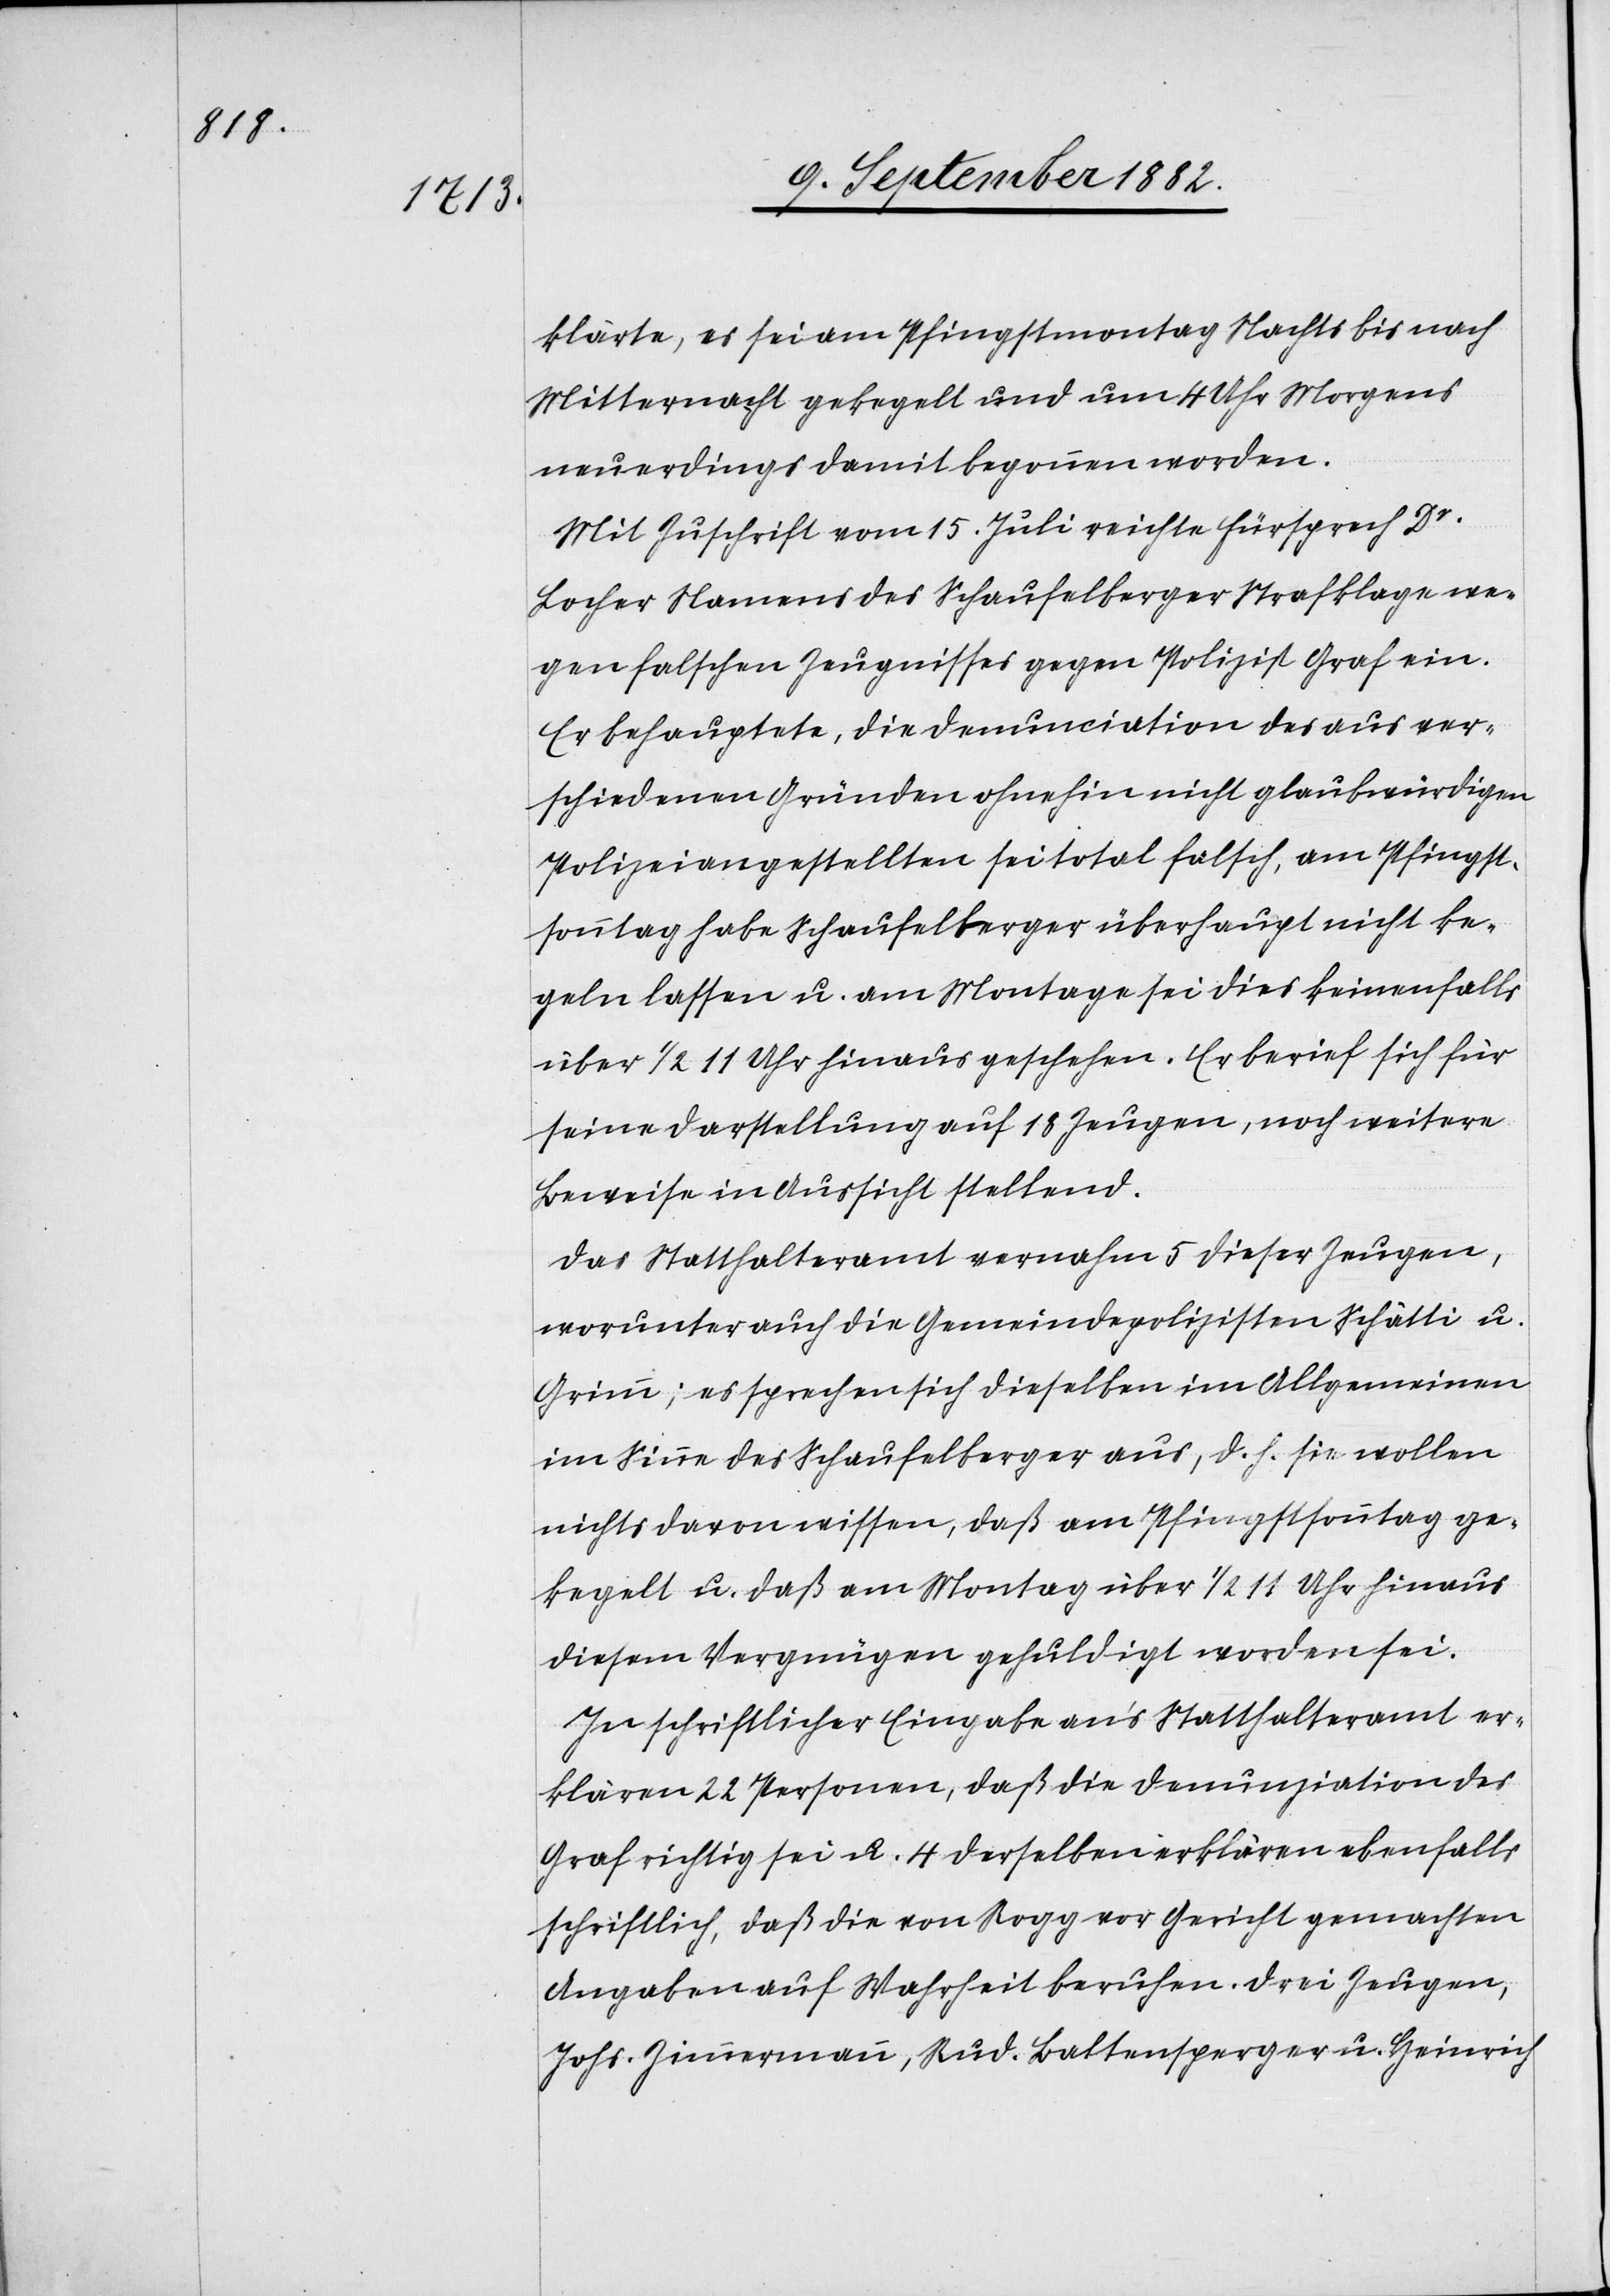
klärte, es sei am Pfingstmontag Nachts bis nach
Mitternacht gekegelt und um 4 Uhr Morgens
neuerdings damit begonnen worden.
Mit Zuschrift vom 15. Juli reichte Fürsprech Dr
Locher Namens des Schaufelberger Strafklage we¬
gen falschen Zeugnisses gegen Polizist Graf ein.
Er behauptete, die Denunciation des aus ver¬
schiedenen Gründen ohnehin nicht glaubwürdigen
Polizeiangestellten sei total falsch, am Pfingst¬
sonntag habe Schaufelberger überhaupt nicht ke¬
geln lassen u. am Montage sei dies keinenfalls
über 1/2 11 Uhr hinaus geschehen. Er berief sich für
seine Darstellung auf 18 Zeugen, noch weitere
Beweise in Aussicht stellend.
Das Statthalteramt vernahm 5 dieser Zeugen,
worunter auch die Gemeindepolizisten Schätti u.
Grimm; es sprechen sich dieselben im Allgemeinen
im Sinne des Schaufelberger aus, d. h. sie wollen
nichts davon wissen, daß am Pfingstsonntag ge¬
kegelt u. daß am Montag über 1/2 11 Uhr hinaus
diesem Vergnügen gehuldigt worden sei.
In schriftlicher Eingabe an’s Statthalteramt er¬
klären 22 Personen, daß die Denunziation des
Graf richtig sei u. 4 derselben erklären ebenfalls
schriftlich, daß die von Rogg vor Gericht gemachten
Angaben auf Wahrheit beruhen. Drei Zeugen,
Johs. Zimmermann, Rud. Baltensperger u. Heinrich